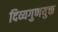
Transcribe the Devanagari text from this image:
दिव्यगुणयुक्त